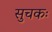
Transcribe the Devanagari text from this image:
सुचकः